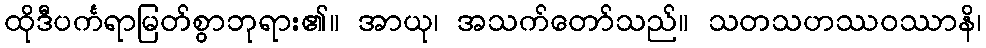
ထိုဒီပင်္ကရာမြတ်စွာဘုရား၏။ အာယု၊ အသက်တော်သည်။ သတသဟဿဝဿာနိ၊